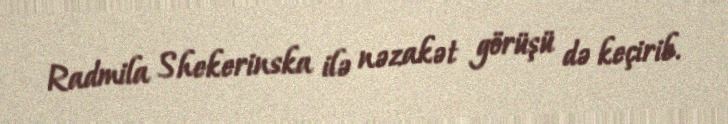
Radmila Shekerinska ilə nəzakət görüşü də keçirib.